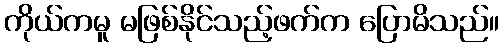
ကိုယ်ကမူ မဖြစ်နိုင်သည့်ဖက်က ပြောမိသည်။